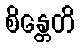
စိန္တေတိ